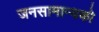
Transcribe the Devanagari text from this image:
जनसामान्‍यको